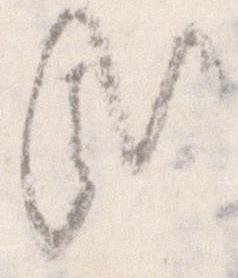
哉